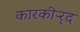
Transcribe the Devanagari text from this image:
कारकीऱ्र्द